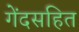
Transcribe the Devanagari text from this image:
गेंदसहित